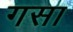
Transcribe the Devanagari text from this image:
गसा